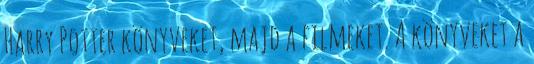
Harry Potter könyveket, majd a filmeket. A könyveket a